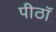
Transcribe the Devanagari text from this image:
पीठॉ